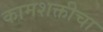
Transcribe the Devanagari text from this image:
कामशक्तीचा